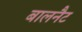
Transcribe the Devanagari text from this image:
बालनैट